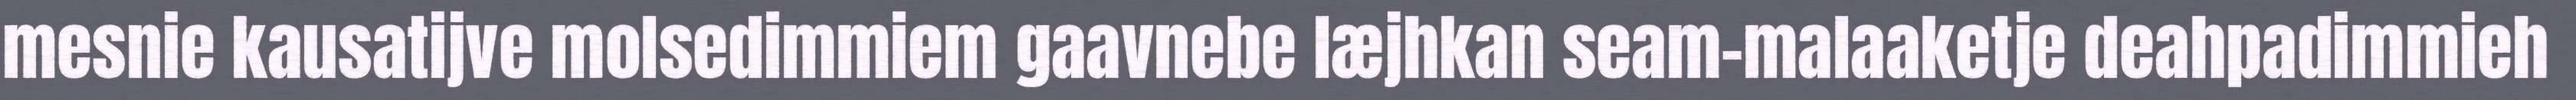
mesnie kausatijve molsedimmiem gaavnebe læjhkan seam-malaaketje deahpadimmieh